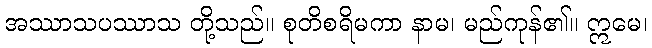
အဿာသပဿာသ တို့သည်။ စုတိစရိမကာ နာမ၊ မည်ကုန်၏။ ဣမေ၊